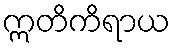
ဣတိကိရာယ